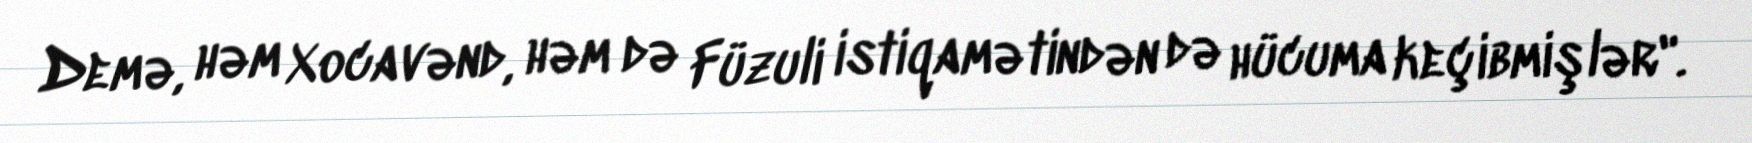
Demə, həm Xocavənd, həm də Füzuli istiqamətindən də hücuma keçibmişlər".